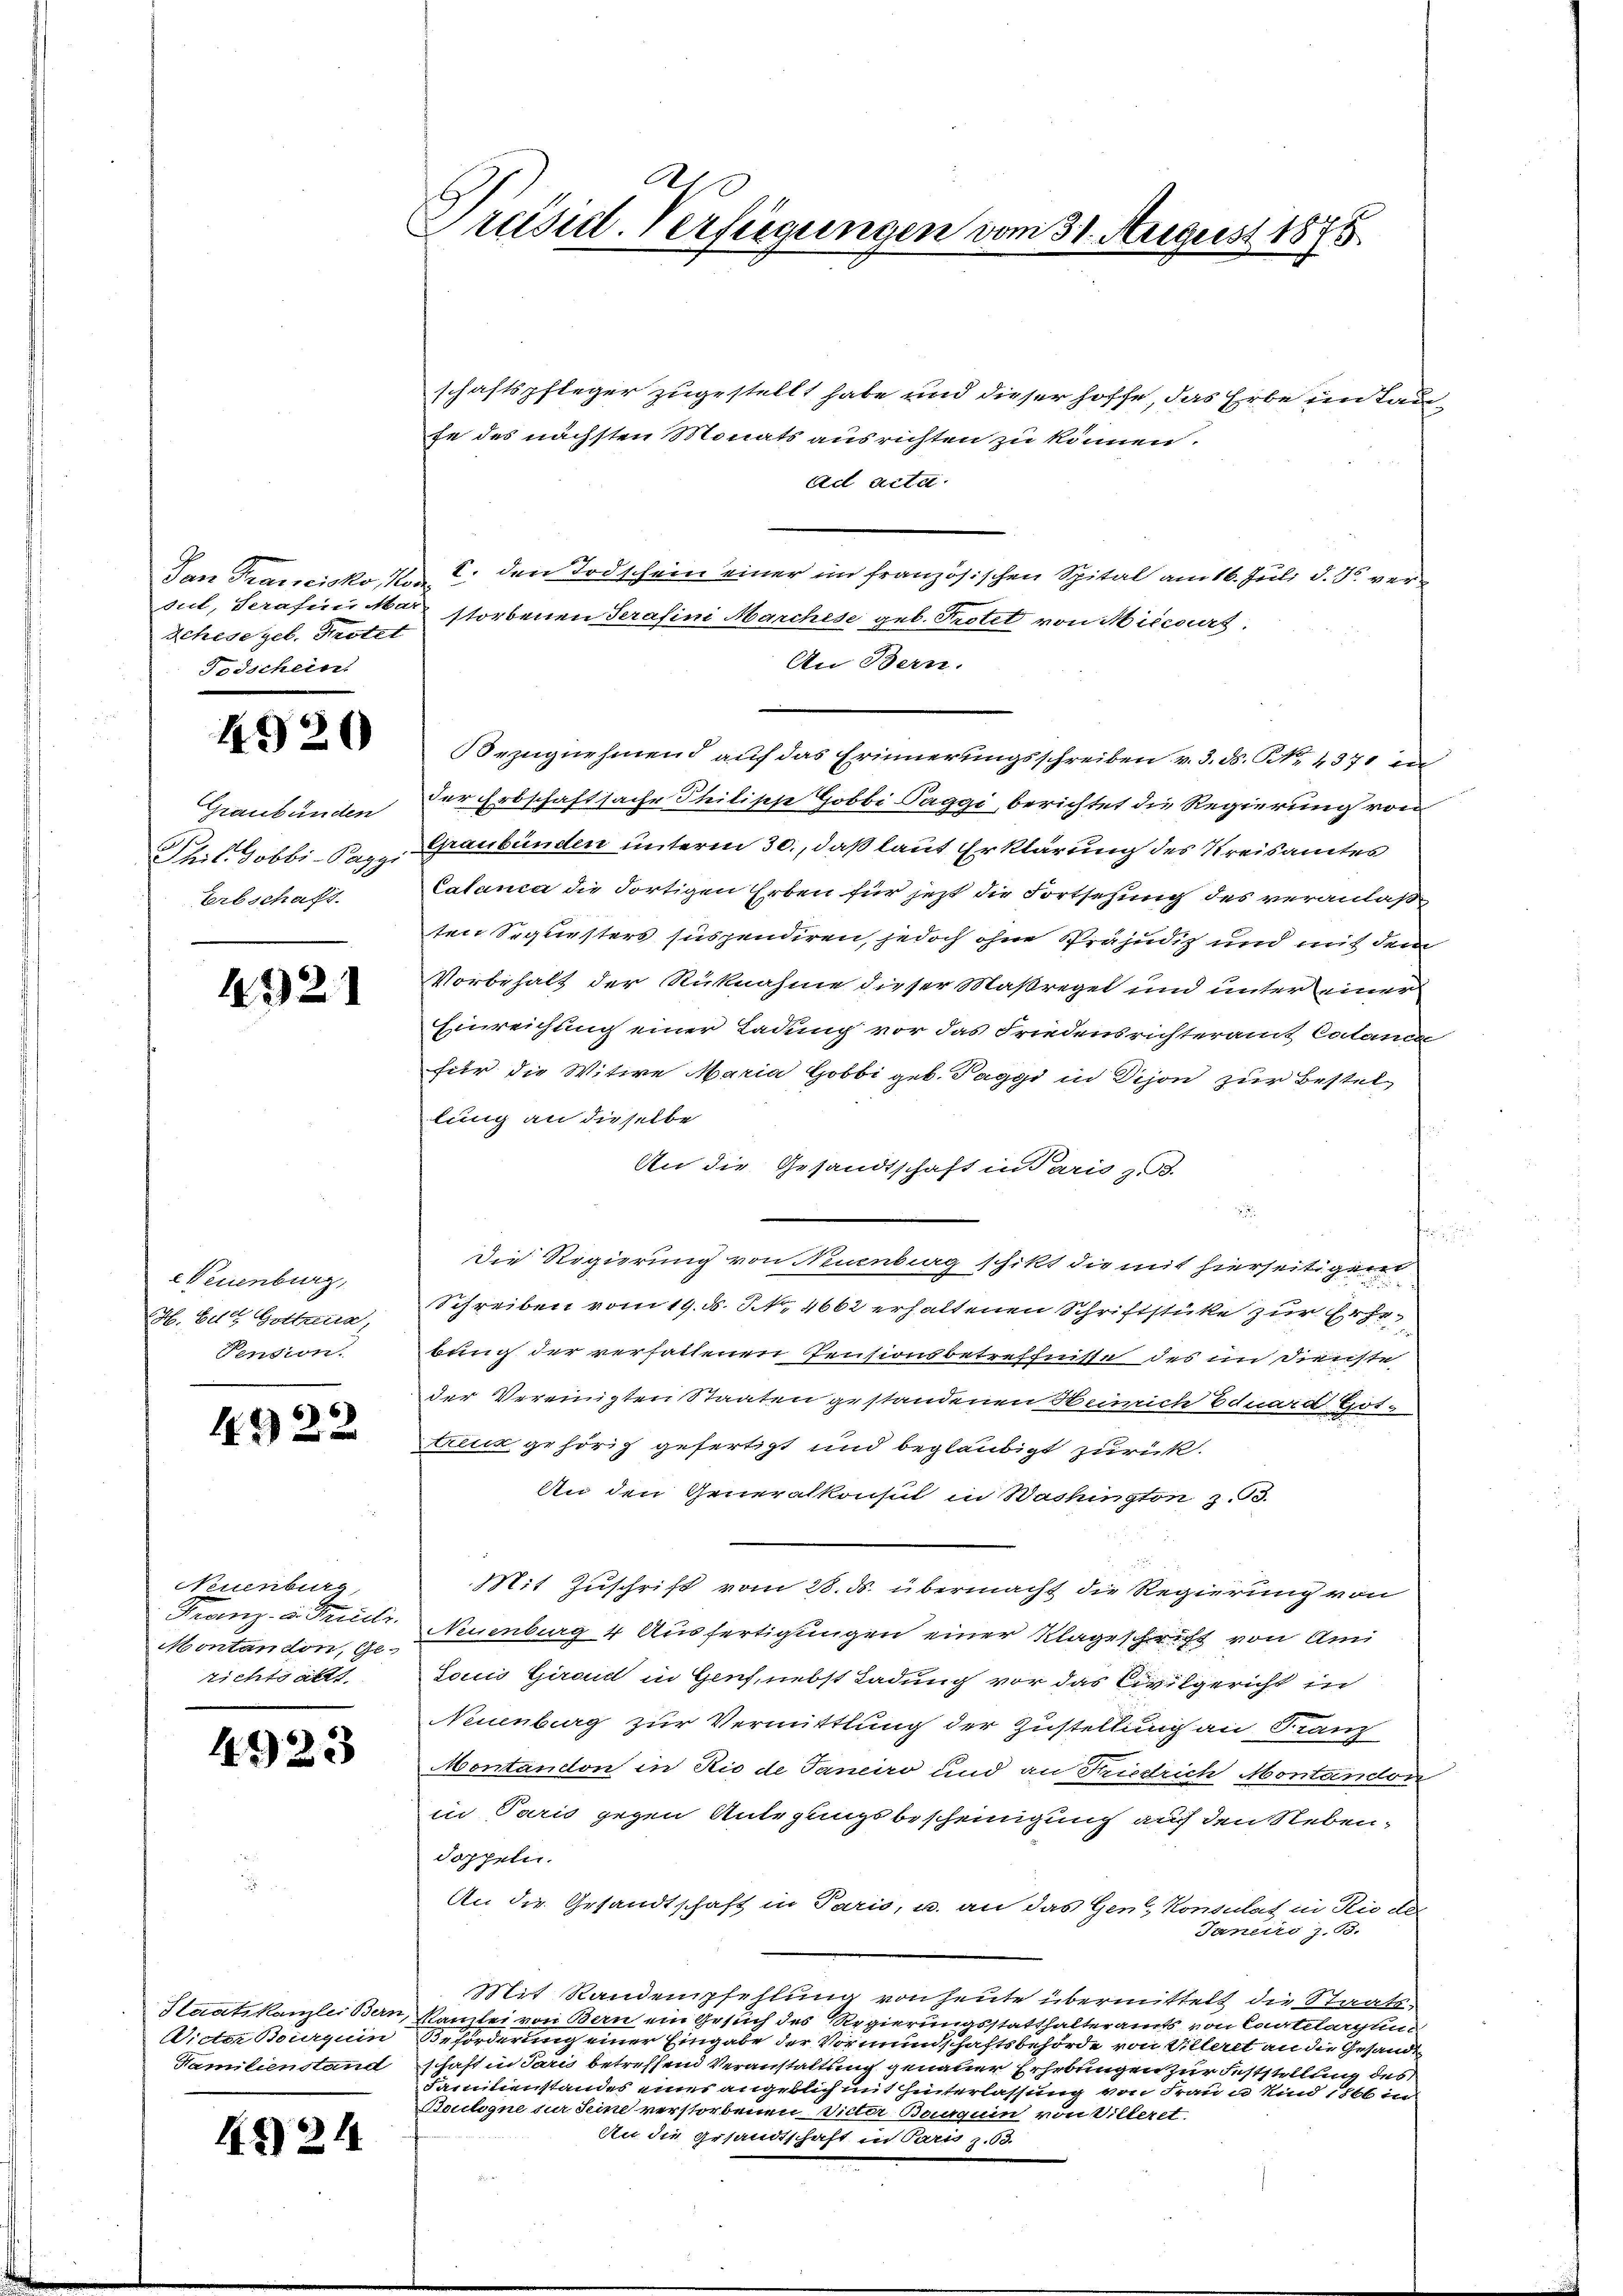
Den Trancisko, No
dit, Serafin Mar-
Schisegel. Hotel
Todschein

4920

Graubünden
Thil Gobbi-Paggi
Terbschaft.

1921

Veuenburg,
H. Bett Gottria,
Pension.

4922

Neuenburg,
Franz- u. Freille.
Montandon, Gerichts alle

4923

Staatskanzlei Bern,
Wicter Bourquin
Familienstand

4824

Ah
Präsid
Erfeigungen vom 31. August 1875

schaftspfleger zugestellt habe und dieser hoffe, das Erbe im Taufe des nächsten Monats ausrichten zu können.
ad acta
I. den Todschein einer im französischen Spital am 16. Juli d. 25. ver
storbenen Serafini Marchese geb. Protet von Miscirt.
An Bern.
Bezugnehmend auf das Erinnerungsschreiben v. 3. ds. NNo. 437 en
der Erbschaftsache Philisch Gobbi-Paggi, berichtet die Regierung von
Graubünden unterm 30., daß laut Erklärung des Kreisamtes
Calanca die Fortigen Erben für jezt die Fortsetzung des veranlaß
ten Sequesters suspendiren, jedoch ohne Präjudiz und mit dem
Vorbehalt der Rücknahme dieser Maßregel und unter einer
Einreichung einer Ladung vor das Friedensrichteramt Calance
für die Witwe Maria Gobbi geb. Paggi in Vijon zur Bestellung an dieselbe
An die Gesandtschaft in Paris z. B.

f
Die Regierung von Neuenburg schikt die mit hierseitigen
Schreiben vom 19. d. S. 2662 erhaltenen Schriftstüke zur Erhebung der verhaltenen Pensionsbetreffnisse des im Dienste
der Vereinigten Staaten gestandenen Heinrich Eduard Gottruck gehörig gefertigt und beglaubigt zurück.
An den Generalkonsul in Wachington z.B.
Mit Zuschrift vom 28. ds. übermacht die Regierung von
Neuenburg 4 Ausfertigungen einer Klageschrift von Ami
Locus Girard in Genf, nebst Ladung vor das Civilgericht in
Neuenburg zur Vermittlung der Zustellung an Franz
Montandon in Rio de Janeiro und an Friedrich Montandor
in Paris gegen Anlegungsbescheinigung auf den Nebendoppeln.
An die Gesandtschaft in Paris, u. an das Gen. Konsulat in Rio des
Janers J. 18.
Mit Randempfehlung von heute übermittelt die Staats-
Kanzlei von Bern ein Gesuch des Regierungsstatthalteramts von Cartelogum
Beförderung einer Eingabe der Vormundschaftsbehörde von Villeret an die Gesandt
sast in Paris betreffend Veranstattung genauer Erhebungen zur Feststellung des
Familienstandes eines angeblich mit hinterlassung von Frau an sind 1866 in
Boulogne sur Seine verstorbenen Victor Boguin von Villeret.
An die Gesandtschaft in Paris z. 53.